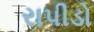
રાપીડો